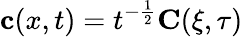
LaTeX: \mathbf{c}(x,t)=t^{-\frac{1}{2}}\mathbf{C}(\xi,\tau)